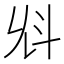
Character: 𣁭